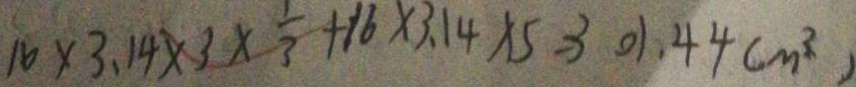
1 6 \times 3 . 1 4 \times 3 \times \frac { 1 } { 3 } + 1 6 \times 3 . 1 4 \times 5 = 3 0 1 . 4 4 ( m ^ { 3 } )